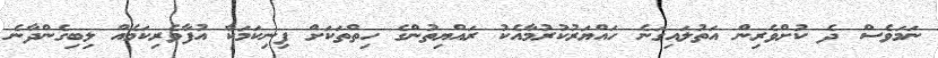
ނަމަވެސް ދެ ކުށްވެރިން އަތުލައިގަނެ ހައްޔަރުކުރުމާއެކު ރައްޔިތުންގެ ހިތްތަކަށް ފިނިކަމަކާ އުފާވެރިކަމެއް ލިބިގެންދާނެ